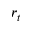
r _ { t }